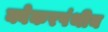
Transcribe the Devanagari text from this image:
क्वेकरपंथीय